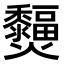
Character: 𤓞